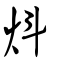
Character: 炓